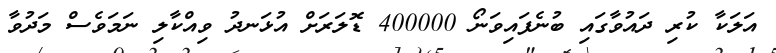
އަލަކާ ކުރި ދައުވާގައި ބުނެފައިވަނޯ 400000 ޑޮލަރަށް އުޅަނދު ވިއްކާލި ނަމަވެސް މަދުވާ